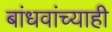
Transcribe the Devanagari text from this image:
बांधवांच्याही